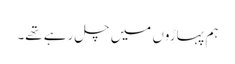
ہم پہاڑوں میں چل رہے تھے۔